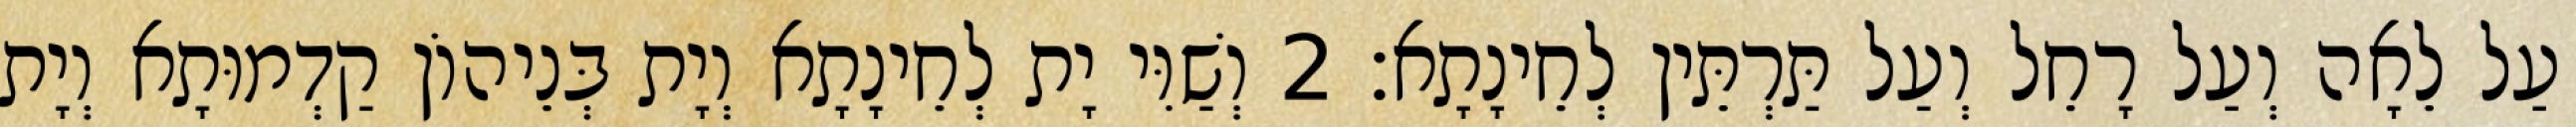
עַל לֵאָה וְעַל רָחֵל וְעַל תַּרְתֵּין לְחֵינָתָא׃ 2 וְשַׁוִּי יָת לְחֵינָתָא וְיָת בְּנֵיהוֹן קַדְמוּתָא וְיָת